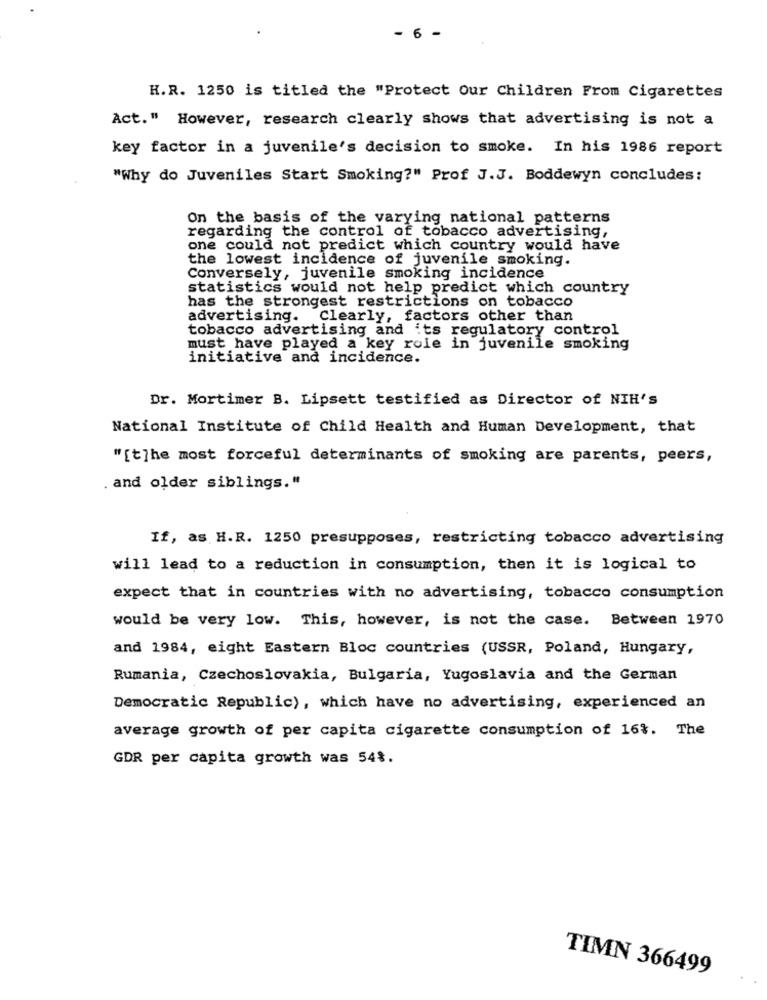
- 6 -
H.R. 1250 is titled the "Protect Our Children From Cigarettes
Act." However, research clearly shows that advertising is not a
key factor in a juvenile's decision to smoke. In his 1986 report
"Why do Juveniles Start Smoking?" Prof J.J. Boddewyn concludes:
On the basis of the varying national patterns
regarding the control of tobacco advertising,
one could not predict which country would have
the lowest incidence of juvenile smoking.
Conversely, juvenile smoking incidence
statistics would not help predict which country
has the strongest restrictions on tobacco
advertising. Clearly, factors other than
tobacco advertising and its regulatory control
must have played a key role in juvenile smoking
initiative and incidence.
Dr. Mortimer B. Lipsett testified as Director of NIH'S
National Institute of Child Health and Human Development, that
"[t]he most forceful determinants of smoking are parents, peers,
. and older siblings."
If, as H.R. 1250 presupposes, restricting tobacco advertising
will lead to a reduction in consumption, then it is logical to
expect that in countries with no advertising, tobacco consumption
would be very low. This, however, is not the case. Between 1970
and 1984, eight Eastern Bloc countries (USSR, Poland, Hungary,
Rumania, Czechoslovakia, Bulgaria, Yugoslavia and the German
Democratic Republic), which have no advertising, experienced an
average growth of per capita cigarette consumption of 16%. The
GDR per capita growth was 54%.
TIMN 366499